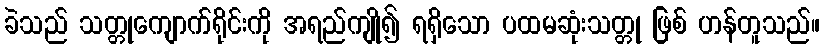
ခဲသည် သတ္တုကျောက်ရိုင်းကို အရည်ကျို၍ ရရှိသော ပထမဆုံးသတ္တု ဖြစ် ဟန်တူသည်။